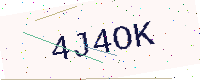
Text: 4J4OK